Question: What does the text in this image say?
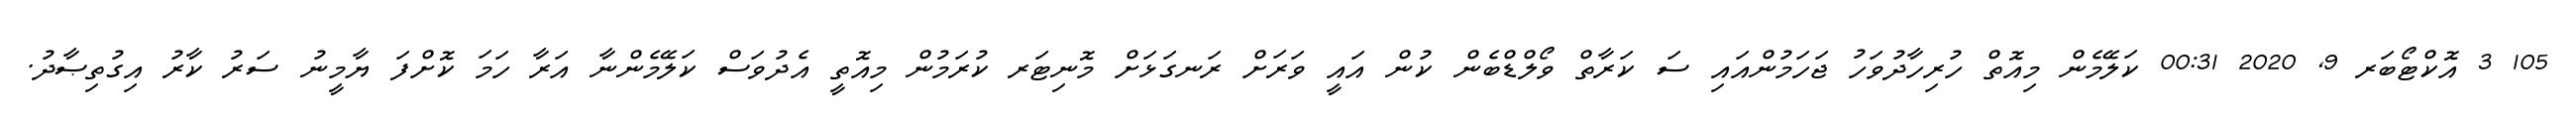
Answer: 105 3 އޮކްޓޯބަރ 9, 2020 00:31 ކަލޭމެން މިއޮތް ހުރިހާދުވަހު ޖަހަމުންއައި ސަ ކަރާތް ވޯލްޑްބެން ކުން އައީ ވަރަށް ރަނގަޅަށް މޮނިޓަރ ކުރަމުން މިއޮތީ އެދުވަސް ކަލޭމެންނާ އަރާ ހަމަ ކޮށްފަ ޔާމީނު ސަރު ކާރު އިގުތިޞާދު.